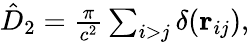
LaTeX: \begin{array}{r}{\hat{D}_{2}=\frac{\pi}{c^{2}}\sum_{i>j}\delta(\textbf{r}_{ij}),}\end{array}